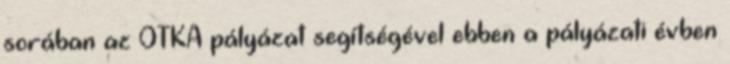
sorában az OTKA pályázat segítségével ebben a pályázati évben